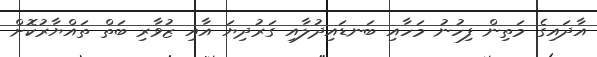
އާދައިގެ މަތިން ފިހުނު މަހާއި ބަނޑައިދުލާއި ގަރުދިޔަ އާއި ޒުވާރި ބަތް ތައްޔާރުކޮށް